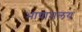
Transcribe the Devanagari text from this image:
भाषामलय